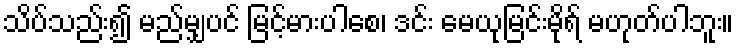
သိပ်သည်း၍ မည်မျှပင် မြင့်မားပါစေ၊ ဒင်း မေယုမြင်းမိုရ် မဟုတ်ပါဘူး။